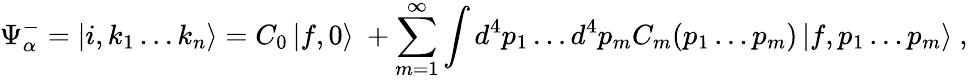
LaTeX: \Psi_{\alpha}^{-}=\left|i,k_{1}\ldots k_{n}\right\rangle=C_{0}\left|f,0\right\rangle\ +\sum_{m=1}^{\infty}\int{d^{4}p_{1}\ldots d^{4}p_{m}C_{m}(p_{1}\ldots p_{m})\left|f,p_{1}\ldots p_{m}\right\rangle}~,